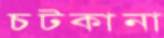
চটকানা